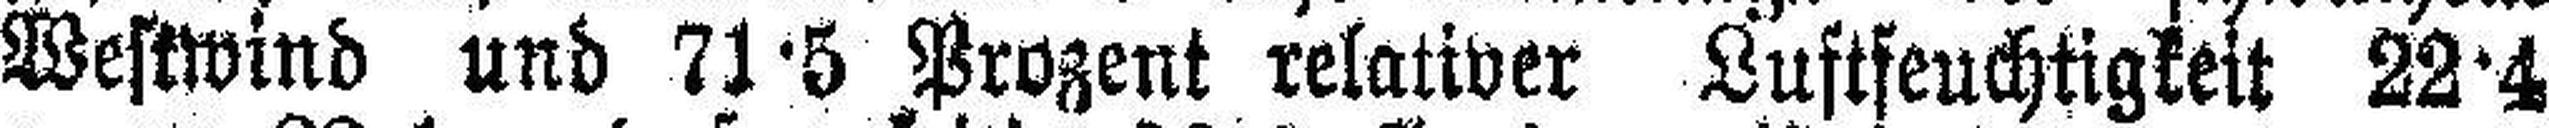
Westwind und 71·5 Prozent relativer Luftfeuchtigkeit 22·4